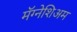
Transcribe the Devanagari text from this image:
मॅग्नेशिअम